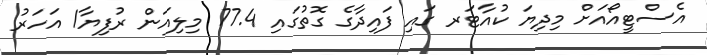
އެސްޓީއޯއަށް މިދިޔަ ކުއާޓަރ ގައި ފައިދާގެ ގޮތުގައި 77.4 މިލިއަން ރުފިޔާ1 އަހަރު